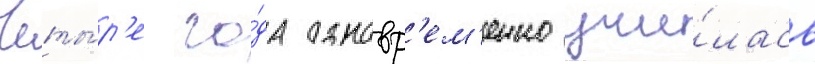
Четы́р'е го́да одновр'ем'енно учи́лась